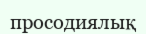
просодиялық